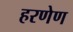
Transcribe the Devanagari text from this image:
हरणेण